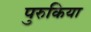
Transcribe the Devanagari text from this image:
पुरुकिया